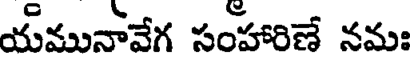
యమునావేగ సంహారిణే నమః